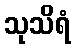
သုသိရံ